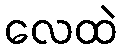
လေထဲ